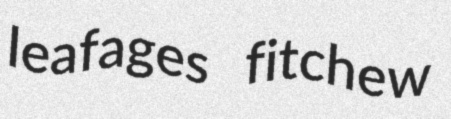
leafages fitchew